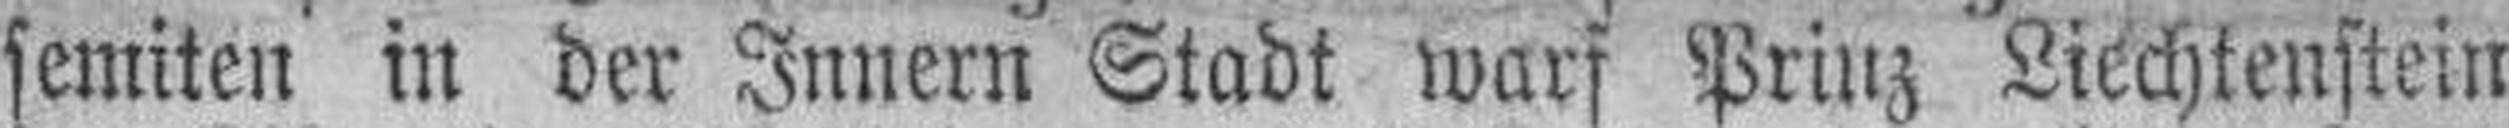
semiten in der Innern Stadt warf Prinz Liechtenstein